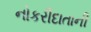
નોકરીદાતાની